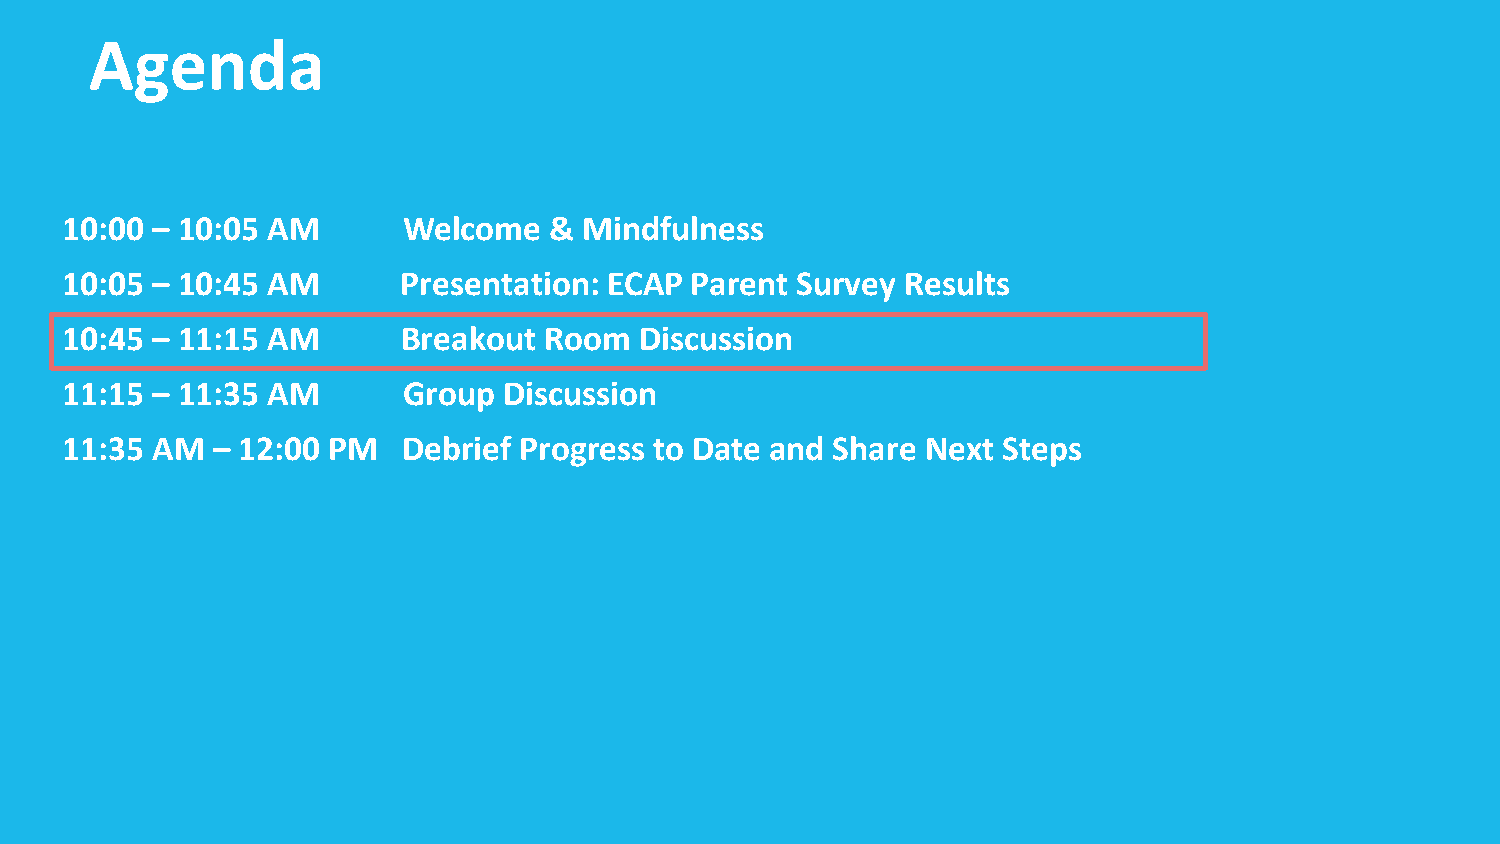
Agenda
 10:00 – 10:05 AM       Welcome  &  Mindfulness
 10:05 – 10:45 AM       Presentation: ECAP Parent Survey Results
 10:45 – 11:15 AM       Breakout Room  Discussion
 11:15 – 11:35 AM       Group Discussion
 11:35 AM  – 12:00 PM   Debrief Progress to Date and Share Next Steps